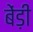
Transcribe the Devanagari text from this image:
बेंड़ी